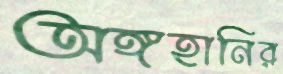
অঙ্গহানির